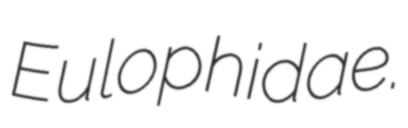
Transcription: Eulophidae.